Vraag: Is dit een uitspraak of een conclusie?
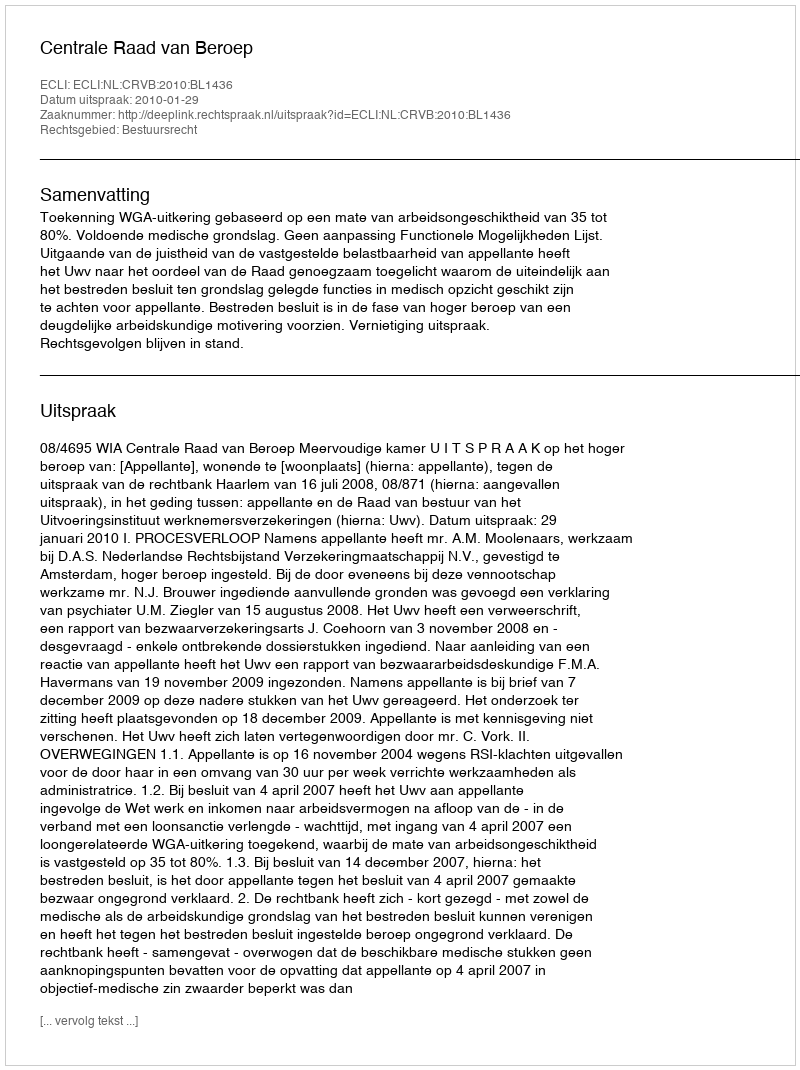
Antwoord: Uitspraak